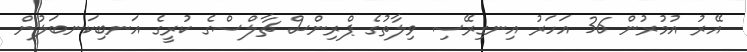
އޭރު އުމުރުން 36 އަހަރު އިނގިރޭސި ވިލާތުގެ ޕްރިންސް ޗާލްސްގެ ކުރީގެ އަނބިކަނބަލުން